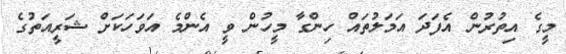
މީގެ އިތުރުން އެފަދަ އަމަލުތައް ހިންގާ މީހުން ވީ އެންމެ އަވަހަކަށް ޝަރީއަތުގެ